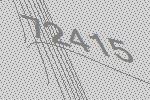
72415